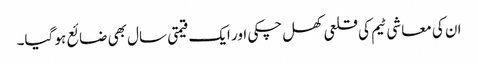
ان کی معاشی ٹیم کی قلعی کھل چکی اور ایک قیمتی سال بھی ضائع ہو گیا۔